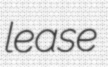
lease